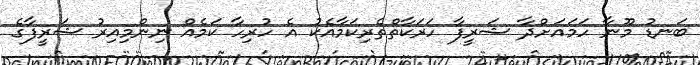
ބަނޑު މޫނާ ހަމައަށްދާ ޝަރީފާ ހަރަކާތްތެރިކަމާއެކު އެ ހުރިހާ ކަމެއް ނިންމިއިރު ޝަރީފާގެ